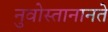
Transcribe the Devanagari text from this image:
नुवोस्तानानते